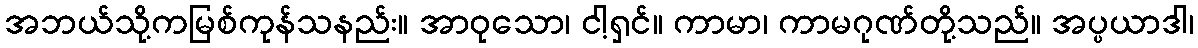
အဘယ်သို့ကမြစ်ကုန်သနည်း။ အာဝုသော၊ ငါ့ရှင်။ ကာမာ၊ ကာမဂုဏ်တို့သည်။ အပ္ပယာဒါ၊